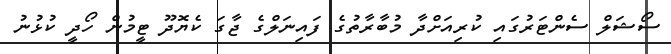
ސޯޝަލް ސެންޓަރުގައި ކުރިއަށްދާ މުބާރާތުގެ ފައިނަލްގެ ޖާގަ ކެޔޮދޫ ޓީމުން ހޯދީ ކުޅުނު